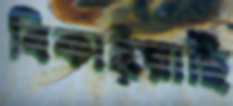
বিকাইয়াছি